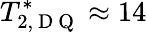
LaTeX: T_{2,\mathrm{~D~Q~}}^{*}\approx 14